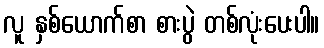
လူ နှစ်ယောက်စာ စားပွဲ တစ်လုံးပေးပါ။